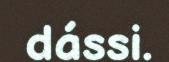
dássi.